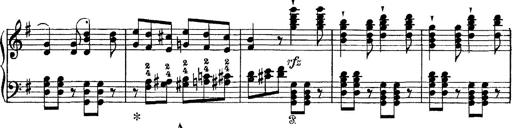
Title: Tarantelle di bravura dâ€™aprÃ¨s la tarantelle de La muette de Portici
Composer: Franz Liszt